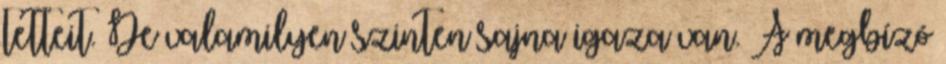
tetteit. De valamilyen szinten sajna igaza van. A megbízó